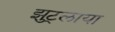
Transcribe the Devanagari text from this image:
झुट्लाया